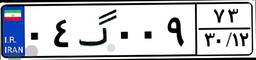
۰۴گ۰۰۹۷۳